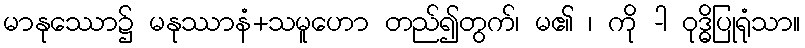
မာနုဿော၌ မနုဿာနံ+သမူဟော တည်၍တွက်၊ မ၏ ၊ ကို -ါ ဝုဒ္ဓိပြုရုံသာ။